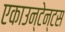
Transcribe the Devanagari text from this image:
एकाउन्टेन्टस